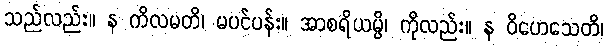
သည်လည်း။ န ကိလမတိ၊ မပင်ပန်း။ အာစရိယမ္ပိ၊ ကိုလည်း။ န ဝိဟေသေတိ၊